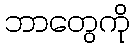
ဘာတွေကို